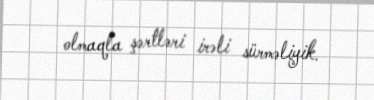
olmaqla şərtləri irəli sürməliyik.